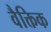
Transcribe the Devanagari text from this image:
वैक्तिक